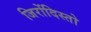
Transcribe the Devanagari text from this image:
जिरोंदिस्तो